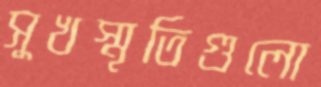
সুখস্মৃতিগুলো